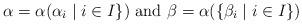
LaTeX: \begin{align*}\alpha=\alpha(\alpha_i\mid i\in I\})\mbox{ and }\beta=\alpha(\{\beta_i\mid i\in I\})\end{align*}